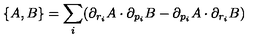
\{ A , B \} = \sum _ { i } ( \partial _ { r _ { i } } A \cdot \partial _ { p _ { i } } B - \partial _ { p _ { i } } A \cdot \partial _ { r _ { i } } B )